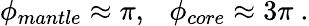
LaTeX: \phi_{mantle}\approx\pi,~~~\phi_{core}\approx 3\pi~.